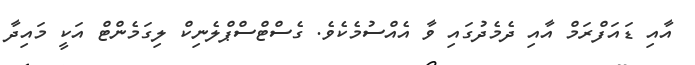
އާއި ޑައަފްރަމް އާއި ދެމެދުގައި ވާ އެއްސުމެކެވެ. ގެސްޓްސްޕްލެނިކް ލިގަމެންޓް އަކީ މައިދާ